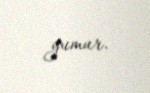
yumur.